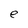
Character: e